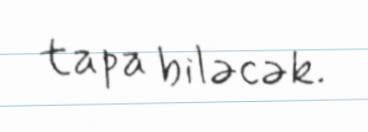
tapa biləcək.